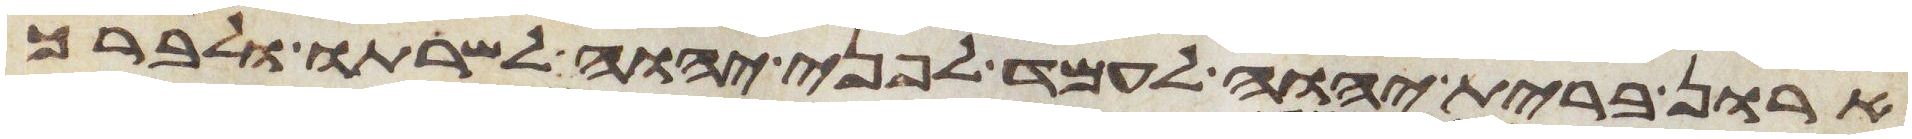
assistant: ארון ברית יהוה לעמד לפני יהוה לשרתו ולברך